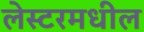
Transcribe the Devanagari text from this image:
लेस्टरमधील